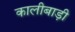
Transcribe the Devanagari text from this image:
कालीबाड़ी